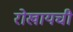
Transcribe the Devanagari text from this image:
रोखायची